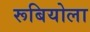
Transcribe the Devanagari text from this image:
रूबियोला